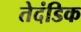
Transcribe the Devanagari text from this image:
तेदंडिक